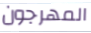
المهرجون